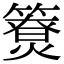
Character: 𥵐